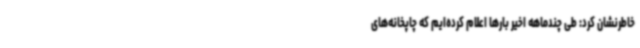
خاطرنشان کرد: طی چندماهه اخیر بارها اعلام کرده‌ایم که چاپخانه‌های